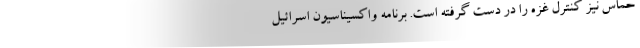
حماس نیز کنترل غزه را در دست گرفته است. برنامه واکسیناسیون اسرائیل